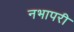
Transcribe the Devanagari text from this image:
नभापरी